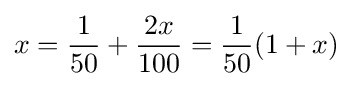
x={\frac {1}{50}}+{\frac {2x}{100}}={\frac {1}{50}}(1+x)